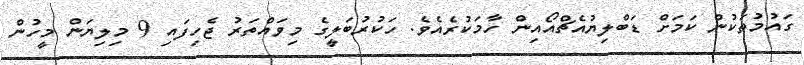
ގައުމުތަކުން ކަމަށް ޑަބްލިޔުއެޗްއޯއިން ހާމަކުރެއެވެ. ހަކުރުބަލީގެ މިވައްތަރު ޖެހިފައި 9 މިލިޔަން މީހުން